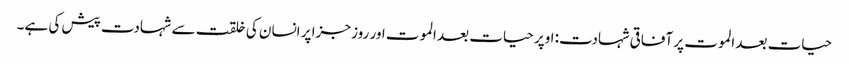
حیات بعد الموت پر آفاقی شہادت: اوپر حیات بعد الموت اور روز جزا پر انسان کی خلقت سے شہادت پیش کی ہے۔